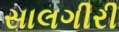
સાલગીરી